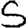
Digit: 5